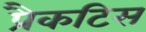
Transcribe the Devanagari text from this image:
प्रैकटिस